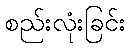
စည်းလုံးခြင်း